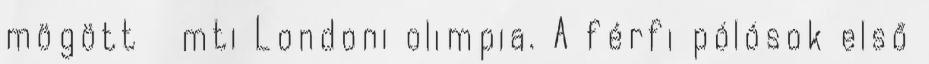
mögött mti Londoni olimpia. A férfi pólósok első